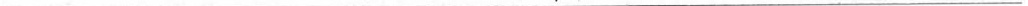
___